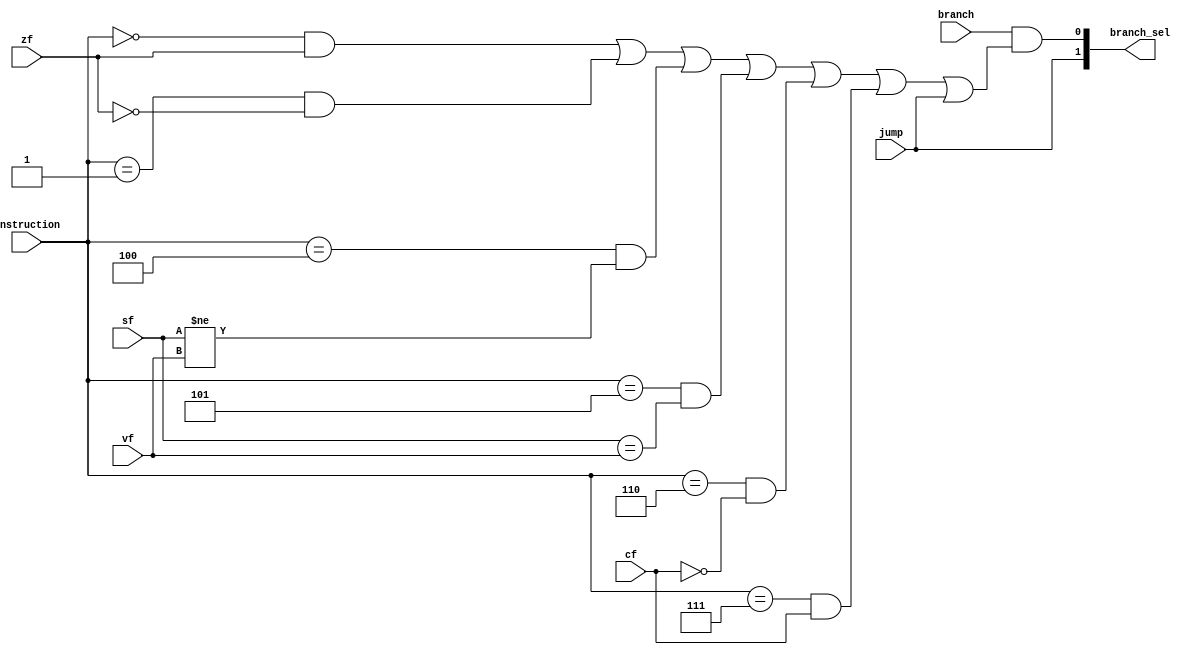


/* 
    RiscV32I Single Cycle Processor 
    Copyright (C) 2023 Ahmed Waseem, Ahmed ElBarbary

    This program is free software; you can redistribute it and/or modify
    it under the terms of the GNU General Public License as published by
    the Free Software Foundation; either version 2 of the License, or
    (at your option) any later version.

    This program is distributed in the hope that it will be useful,
    but WITHOUT ANY WARRANTY; without even the implied warranty of
    MERCHANTABILITY or FITNESS FOR A PARTICULAR PURPOSE.  See the
    GNU General Public License for more details.

    You should have received a copy of the GNU General Public License along
    with this program; if not, write to the Free Software Foundation, Inc.,
    51 Franklin Street, Fifth Floor, Boston, MA 02110-1301 USA.

*/ 

`timescale 1ns/10ps
module branchCu( 
   // Port Declarations
   input   wire    [14:15-3]  Instruction, 
   input   wire               branch, 
   output  wire    [1:0]      branch_sel, 
   input   wire               cf, 
   input   wire               jump, 
   input   wire               sf, 
   input   wire               vf, 
   input   wire               zf
);




wire [2:0] func3; 
assign func3 =  Instruction;


assign branch_sel[0] = (branch == 1'b1) && (((func3 == 3'd0) && (zf == 1'b1)) 
                                        || ((func3 == 3'd1) && (zf == 1'b0))
                                        || ((func3 == 3'd4) && (sf != vf))
                                        || ((func3 == 3'd5) && (sf == vf))
                                        || ((func3 == 3'd6) && (cf == 1'b0))
                                        || ((func3 == 3'd7) && (cf == 1'b1)) 
                                        || jump);   
assign branch_sel[1] = jump;

endmodule